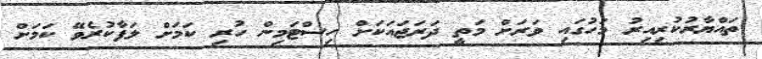
ތައްޔާރުކުރިއިރު މަހުގައި ވަރަށް މަތީ ދަރަޖައަކަށް ހިސްޓަމިން ހުރި ކަމަށް ލަފާކުރެވޭ ކަމަށް